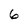
Character: 6